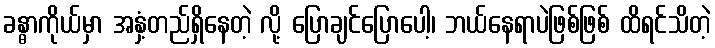
ခန္ဓာကိုယ်မှာ အနှံ့တည်ရှိနေတဲ့ လို့ ပြောချင်ပြောပေါ့၊ ဘယ်နေရာပဲဖြစ်ဖြစ် ထိရင်သိတဲ့